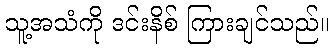
သူ့အသံကို ဒင်းနိစ် ကြားချင်သည်။